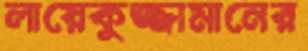
লায়েকুজ্জামানের